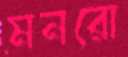
মনরো